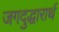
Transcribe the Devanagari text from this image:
जगदुद्धारार्थ